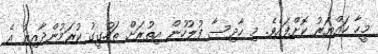
މީހާ ހައްޔަރު ކޮށްފައެވެ. މި ހާދިސާ ފުލުހުން އިތުރަށް ތަހުގީގު ކުރަމުންދާއިރު އެ